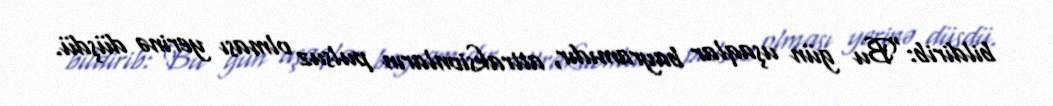
bildirib:"Bu gün uşaqlar bayramıdır, attraksionların pulsuz olması yerinə düşdü.